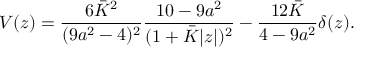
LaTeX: V ( z ) = { \frac { 6 \bar { K } ^ { 2 } } { ( 9 a ^ { 2 } - 4 ) ^ { 2 } } } { \frac { 1 0 - 9 a ^ { 2 } } { ( 1 + \bar { K } | z | ) ^ { 2 } } } - { \frac { 1 2 \bar { K } } { 4 - 9 a ^ { 2 } } } \delta ( z ) .